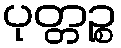
ပုတ္တဉ္စ